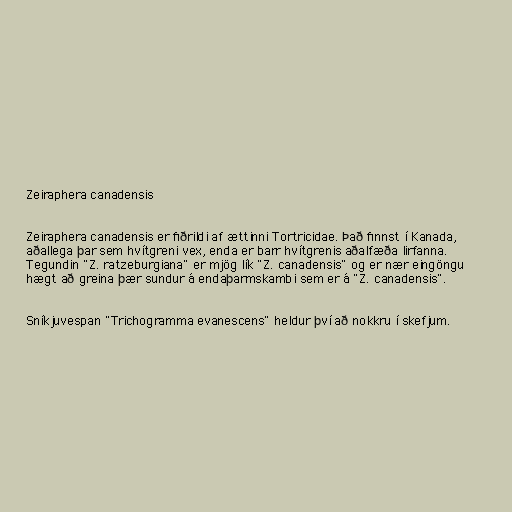
Zeiraphera canadensis

Zeiraphera canadensis er fiðrildi af ættinni Tortricidae. Það finnst í Kanada,
aðallega þar sem hvítgreni vex, enda er barr hvítgrenis aðalfæða lirfanna.
Tegundin "Z. ratzeburgiana" er mjög lík "Z. canadensis" og er nær eingöngu
hægt að greina þær sundur á endaþarmskambi sem er á "Z. canadensis".

Sníkjuvespan "Trichogramma evanescens" heldur því að nokkru í skefjum.